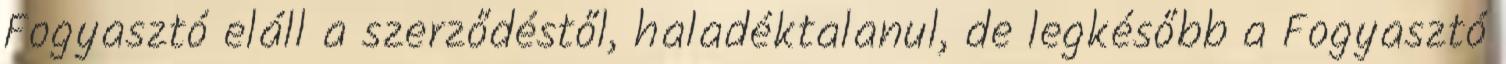
Fogyasztó eláll a szerződéstől, haladéktalanul, de legkésőbb a Fogyasztó